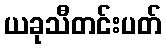
ယခုသီတင်းပတ်